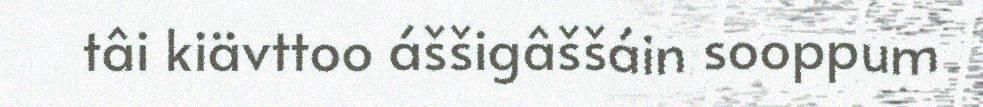
tâi kiävttoo áššigâššáin sooppum